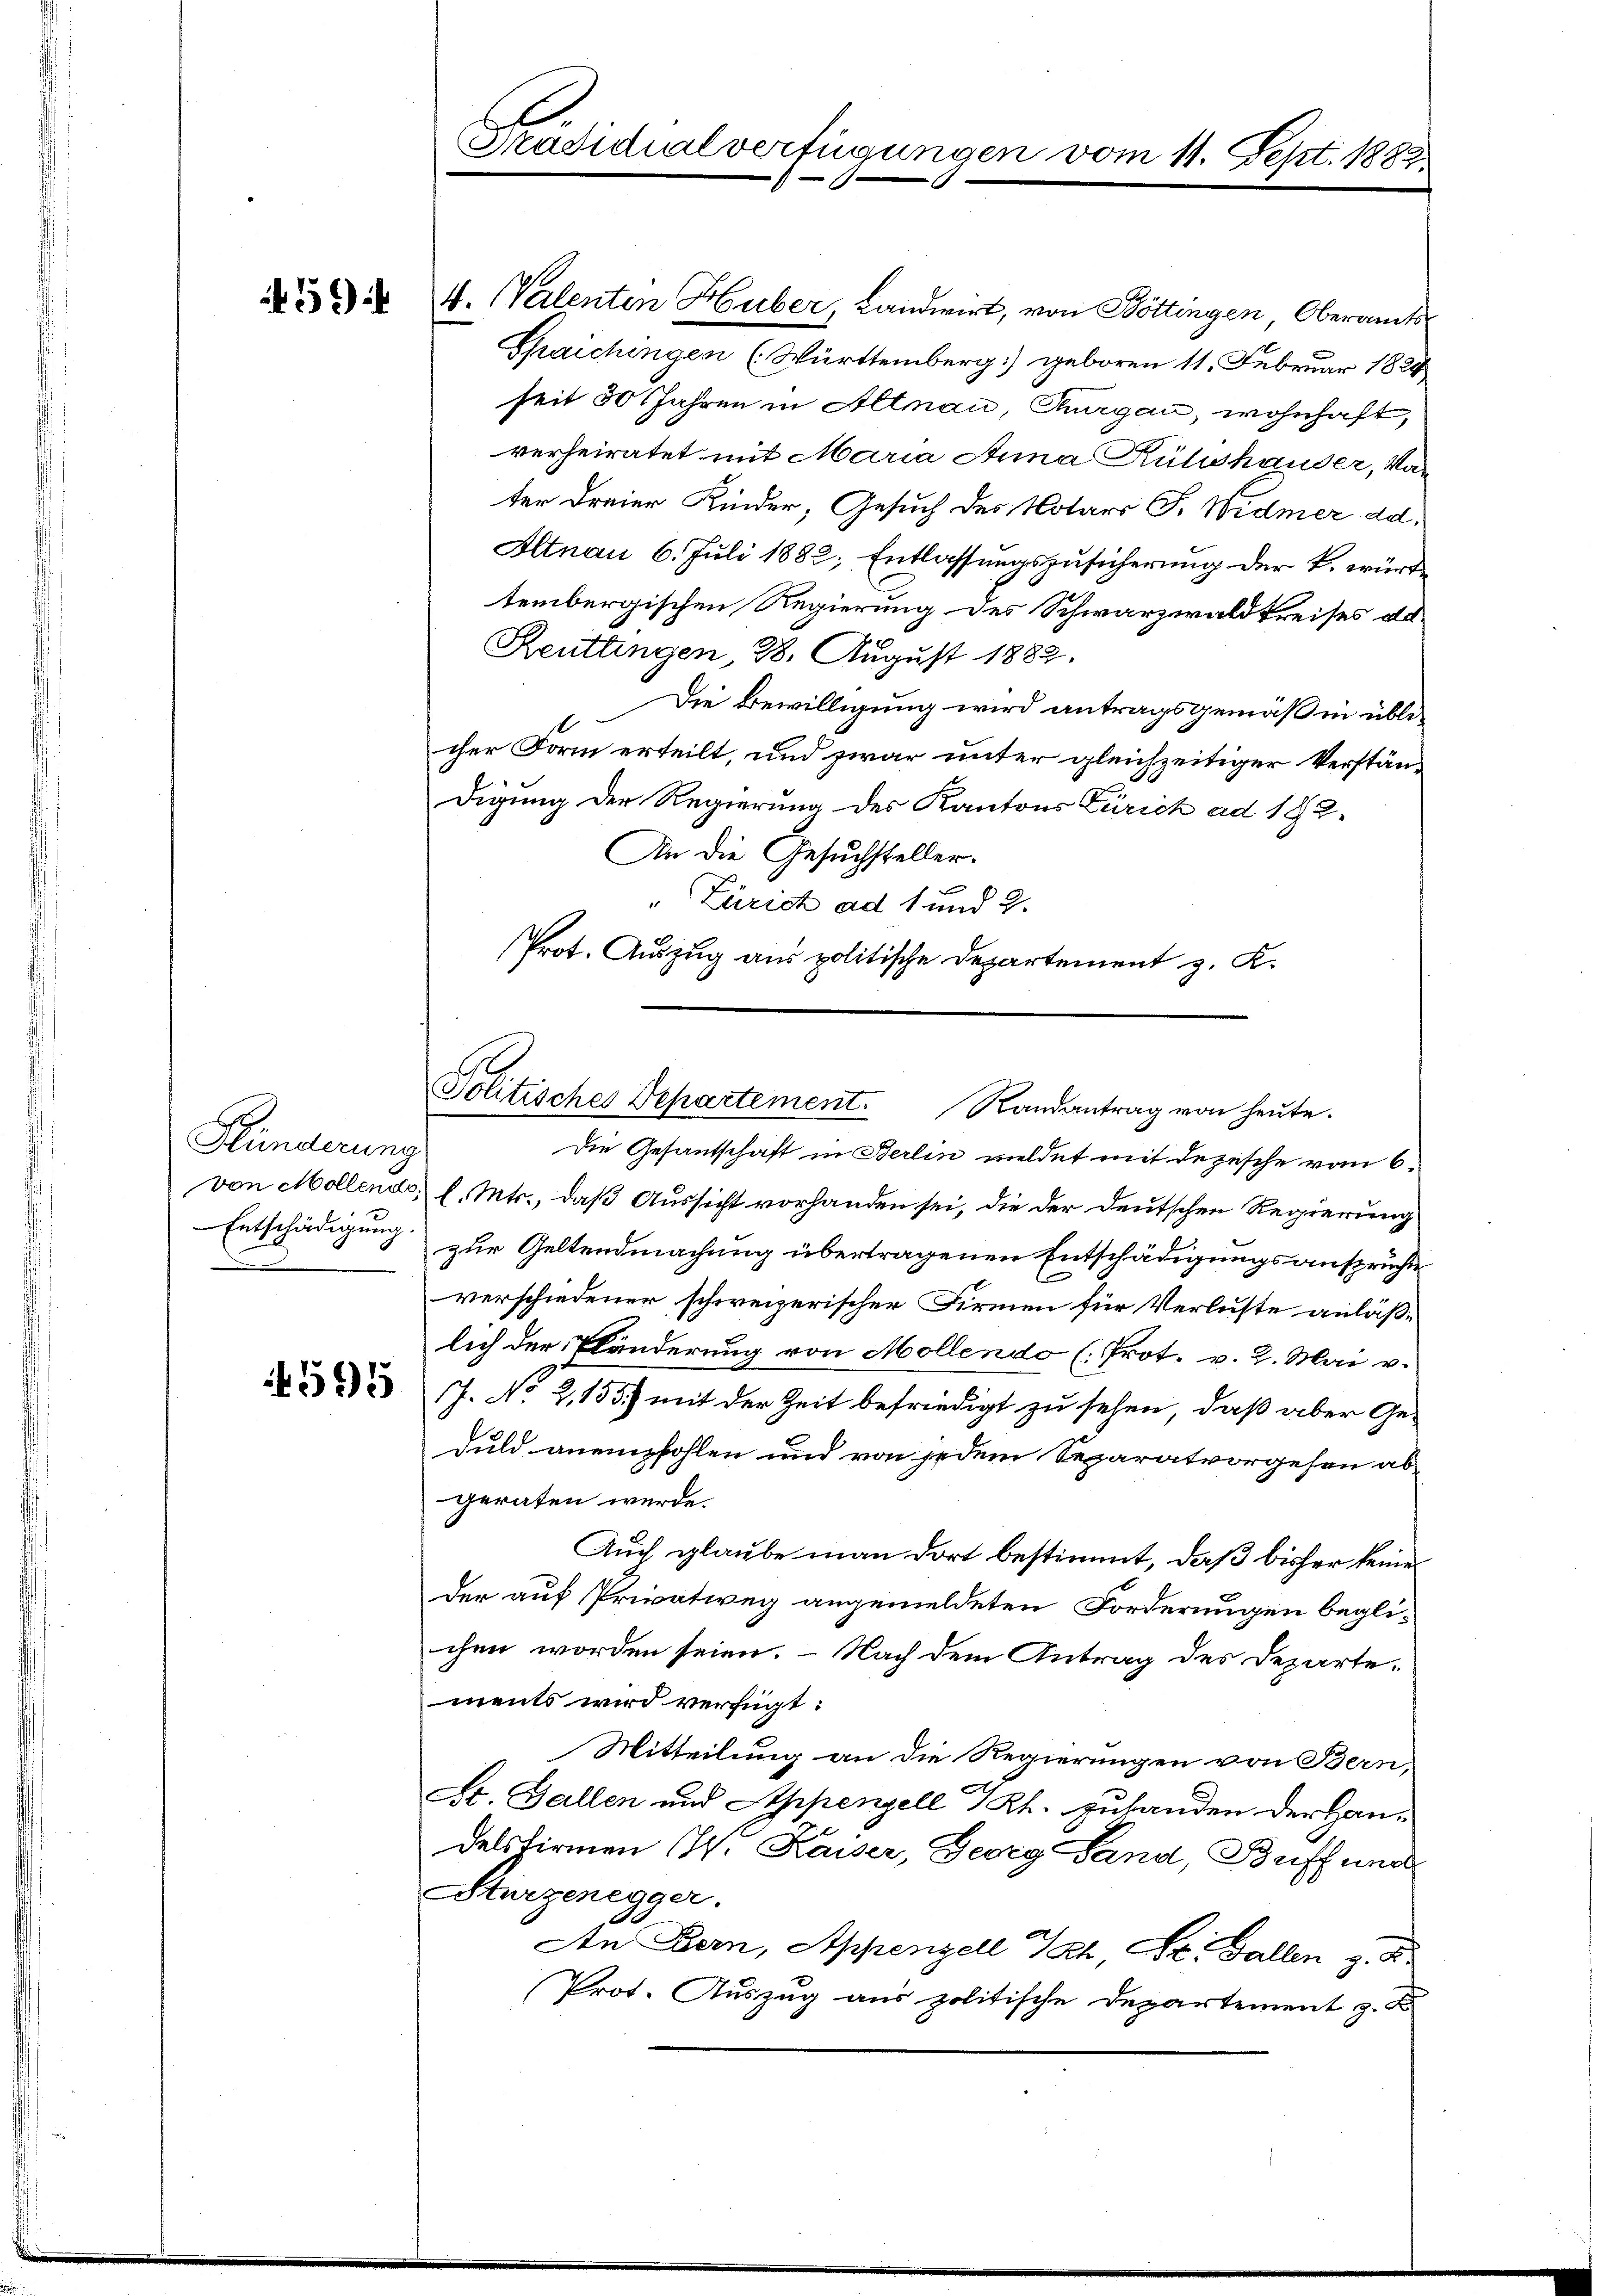
5

4. Walenten Huber, Landwirt, von Böttingen, Oberamts
Spaichingen (Württemberg] geboren 11. Februar 1828
seit 30 Jahren in Allnau, Thurgau, wohnhaft,
verheiratet mit Maria Anna Rühshauser, Van
ter dreier Kinder, Gesuch des Notars F. Widmer dd.
Altnau 6. Juli 1882; Entlassungszusicherung der k. würde
tembergischen Regierung des Schwarzwaldkreises da¬
Reutlingen, 28. August 1882.
Die Bewilligung wird antragsgemäß in übli¬
1
cher Form erteilt, und zwar unter gleichzeitiger Verständigung der Regierung des Kantons Zürich ad 182.
An die Gesuchsteller.
Zürich ad 1 und 2.
Prot. Auszug aus politische Departement z. K.

Hinderung
.

4595

Sch
Präsidialverfügungen vom 11. Sept. 1883

Politisches Departement. Randantrag von heŭte.

Die Gesantschaft in Berlin meldet mit depesche vom 6.
von Mollends, l. Mts., daß Aussicht vorhanden sei, die der deutschen Regierung
Entschädigung zur Geltendmachung übertragenen Entschädigungsansprüche
verschiedener schweizerischer Firmen für Verluste anläßlich der Pländerung von Mollendo (Prot. v. 2. Mai v.
J. No 2,155) mit der Zeit befriedigt zu sehen, daß aber Geduld anempfohlen und von jedem Separatvorgehen abgeraten werde.
Auch glaube man dort bestimmt, daß bisher keine
der auf Privatweg angemeldeten Forderungen begli-
chen worden seien. – Nach dem Antrag des Departements wird verfügt:
Mitteilung an die Regierungen von Bern,
St. Gallen und Appenzell I/Rh. zufanden der Handelsfirmen (N. Kaiser, Georg Land, Beiffung
Hurzenegger.
An Bern, Appenzell Th, St. Gallen z. B.
Prot. Auszug aus politische Departement z. B